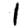
Digit: 1